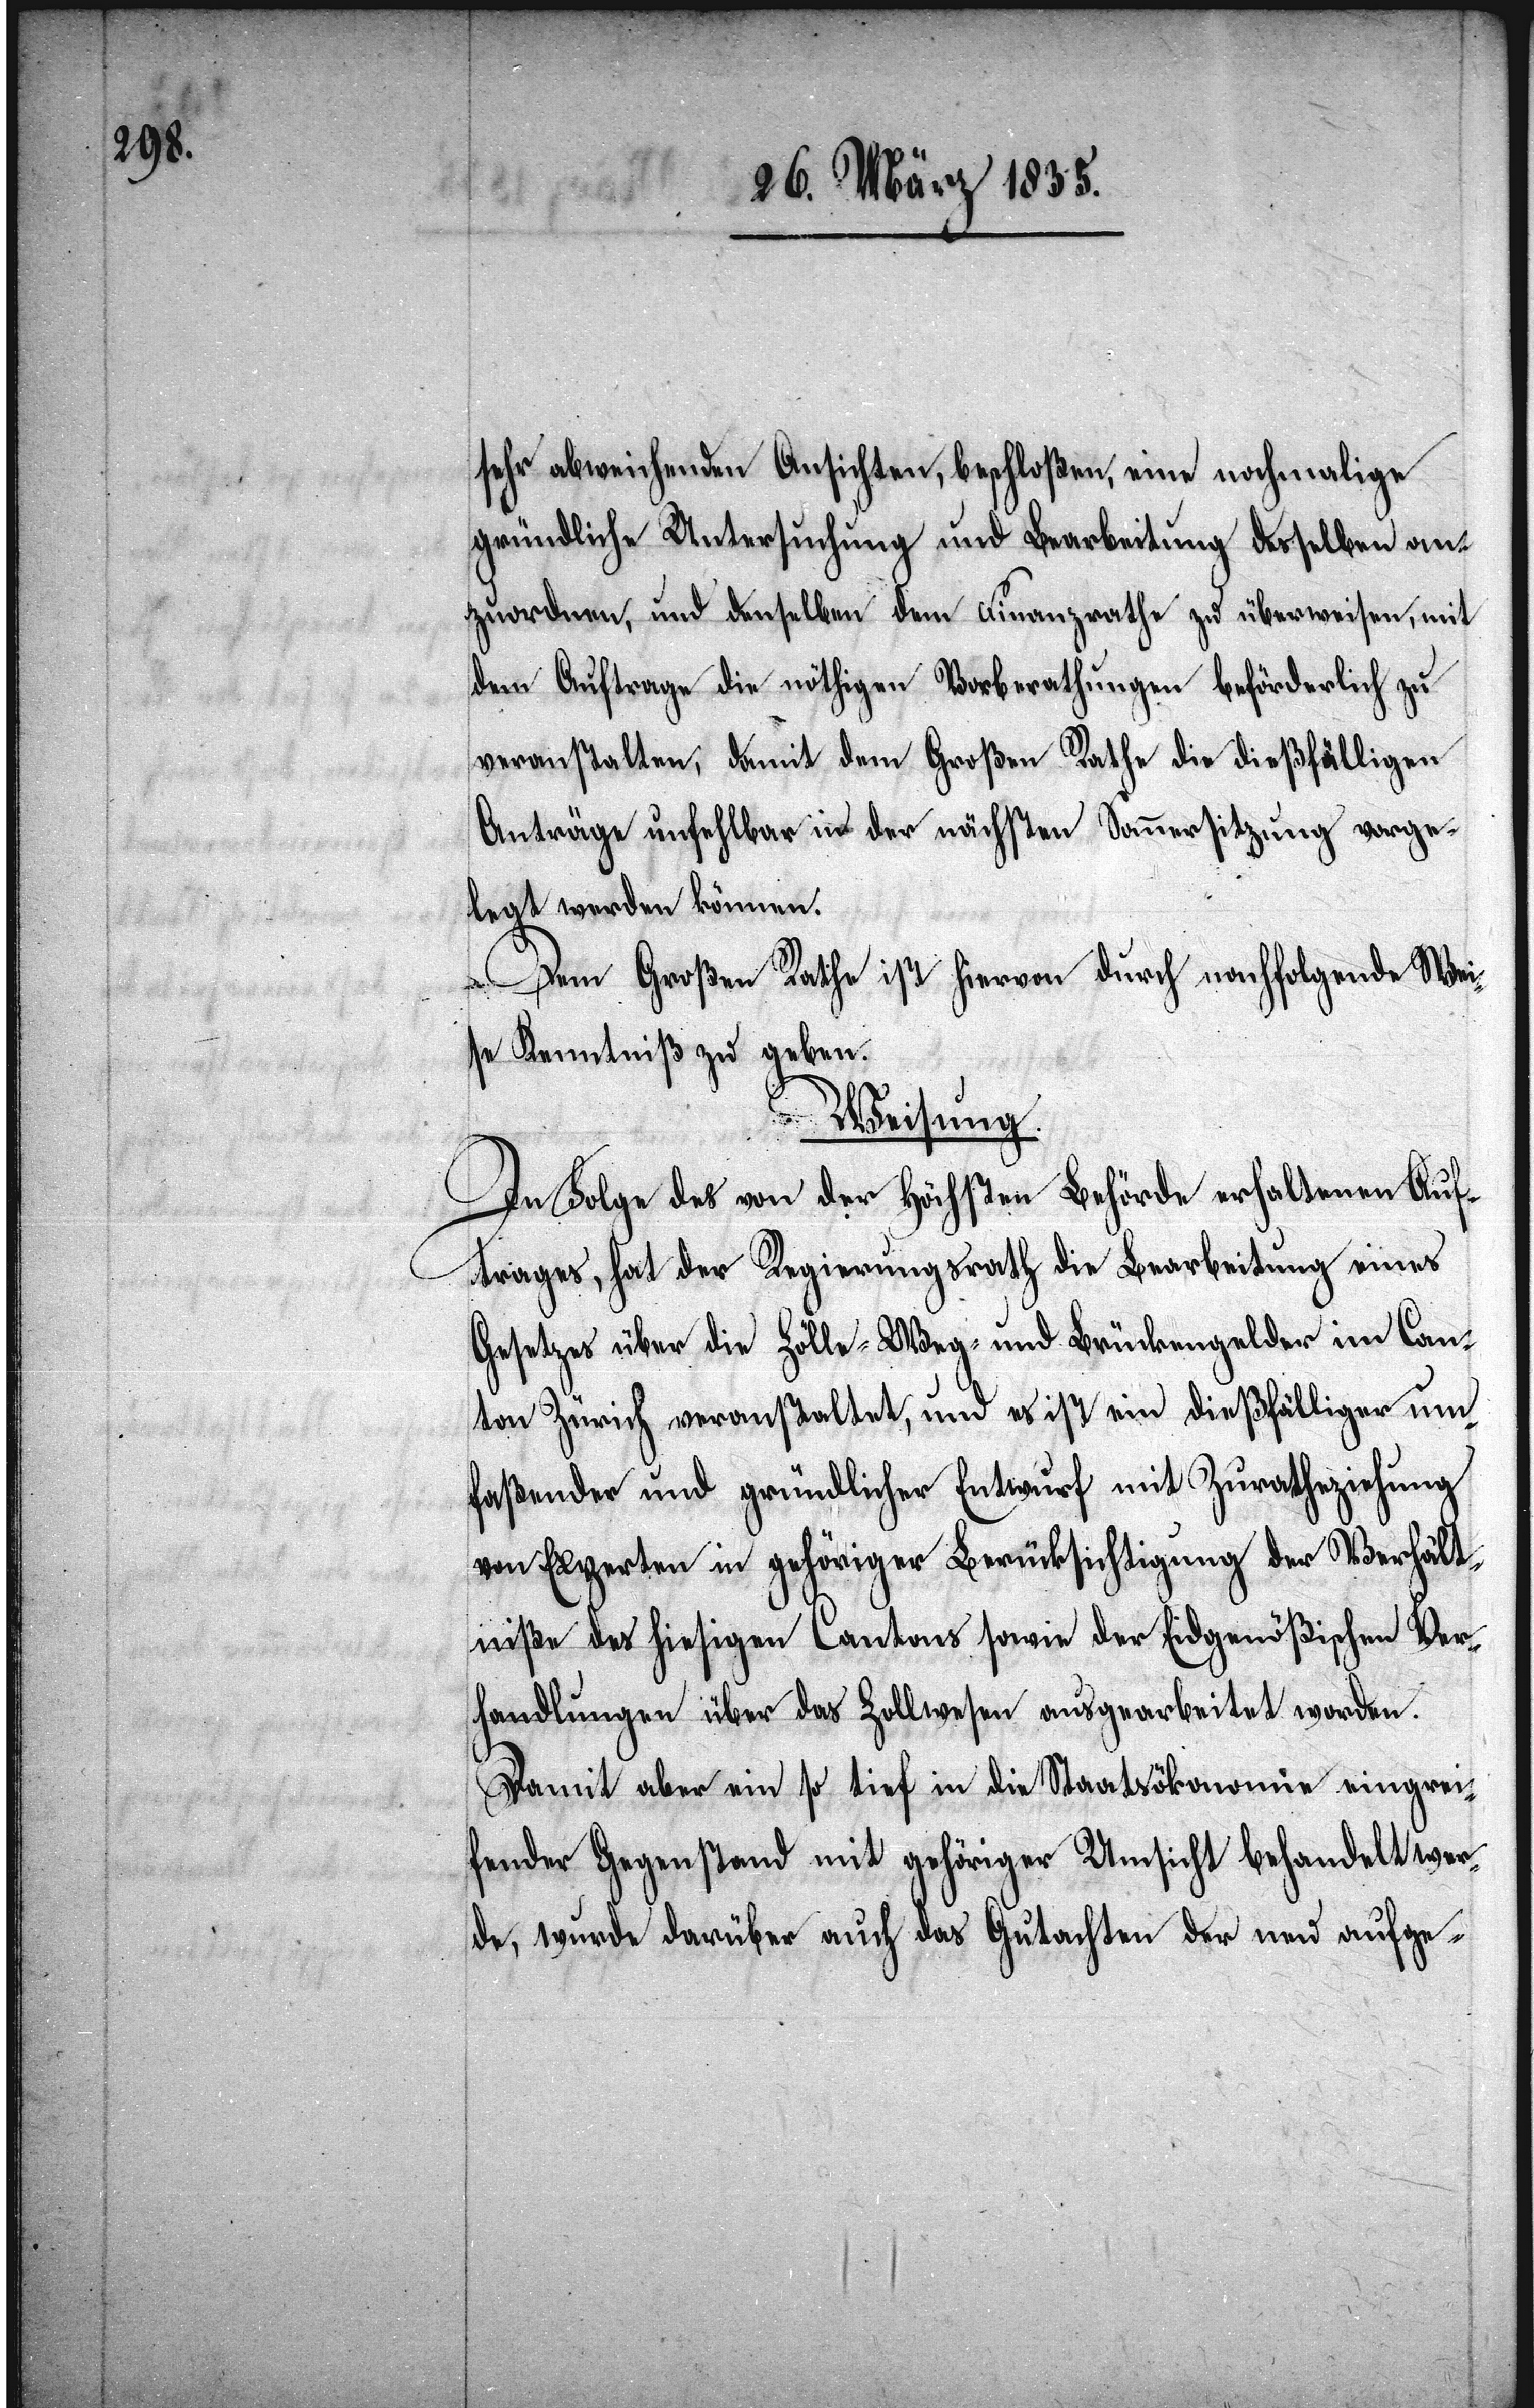
sehr abweichenden Ansichten, beschloßen, eine nochmalige
gründliche Untersuchung und Bearbeitung desselben an¬
zuordnen, und denselben dem Finanzrathe zu überweisen, mit
dem Auftrage die nöthigen Vorberathungen beförderlich zu
veranstalten, damit dem Großen Rathe die dießfälligen
Anträge unfehlbar in der nächsten Sommersitzung vorge¬
legt werden können.
Dem Großen Rathe ist hiervon durch nachfolgende Wei¬
sung Kenntniß zu geben.
Weisung.
In Folge des von der Höchsten Behörde erhaltenen Auf¬
trages, hat der Regierungsrath die Bearbeitung eines
Gesetzes über die Zölle- Weg- und Brückengelder im Can¬
ton Zürich veranstaltet, und es ist ein dießfälliger um¬
faßender und gründlicher Entwurf mit Zuratheziehung
von Experten in gehöriger Berücksichtigung der Verhält¬
niße des hiesigen Cantons sowie der Eidgenößischen Ver¬
handlungen über das Zollwesen ausgearbeitet worden.
Damit aber ein so tief in die Staatsökonomie eingrei¬
fender Gegenstand mit gehöriger Umsicht behandelt wer¬
de, wurde darüber auch das Gutachten der neu aufge-